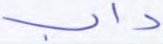
داب